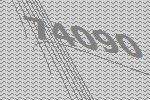
74090